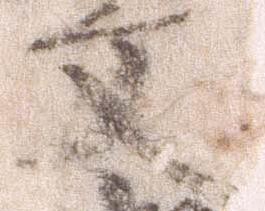
文